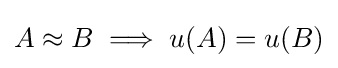
A\approx B\implies u(A)=u(B)